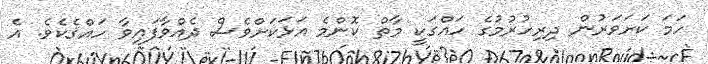
ހަމަ ކަށަވަރުން ދިރިހުރުމުގެ ހައްގަކީ މާތް ކޮންމެ އަޅަކަށްވެސް ދެއްވާފައިވާ ހައްޤެކެވެ. އެ